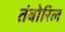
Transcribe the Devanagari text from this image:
तंबोरिल